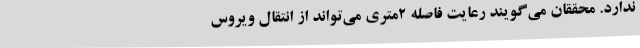
ندارد. محققان می‌گویند رعایت فاصله ۲‌متری می‌تواند از انتقال ویروس